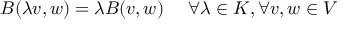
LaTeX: B ( \lambda v , w ) = \lambda B ( v , w ) \ \quad \forall \lambda \in K , \forall v , w \in V